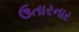
ઉતારનાર